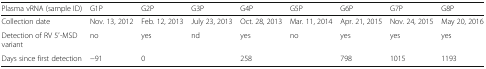
<table><thead><tr><td><b>Plasma vRNA (sample ID)</b></td><td><b>G1P</b></td><td><b>G2P</b></td><td><b>G3P</b></td><td><b>G4P</b></td><td><b>G5P</b></td><td><b>G6P</b></td><td><b>G7P</b></td><td><b>G8P</b></td></tr></thead><tbody><tr><td>Collection date</td><td>Nov. 13, 2012</td><td>Feb. 12, 2013</td><td>July 23, 2013</td><td>Oct. 28, 2013</td><td>Mar. 11, 2014</td><td>Apr. 21, 2015</td><td>Nov. 24, 2015</td><td>May 20, 2016</td></tr><tr><td>Detection of RV 5′-MSD variant</td><td>no</td><td>yes</td><td>nd</td><td>yes</td><td>no</td><td>yes</td><td>yes</td><td>yes</td></tr><tr><td>Days since first detection</td><td>−91</td><td>0</td><td></td><td>258</td><td></td><td>798</td><td>1015</td><td>1193</td></tr></tbody></table>